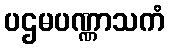
ပဌမပဏ္ဏာသကံ